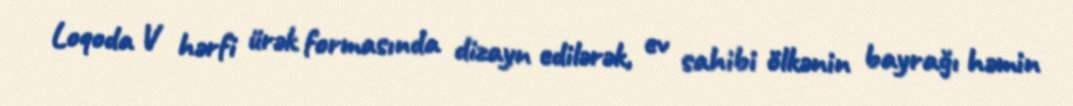
Loqoda V hərfi ürək formasında dizayn edilərək, ev sahibi ölkənin bayrağı həmin